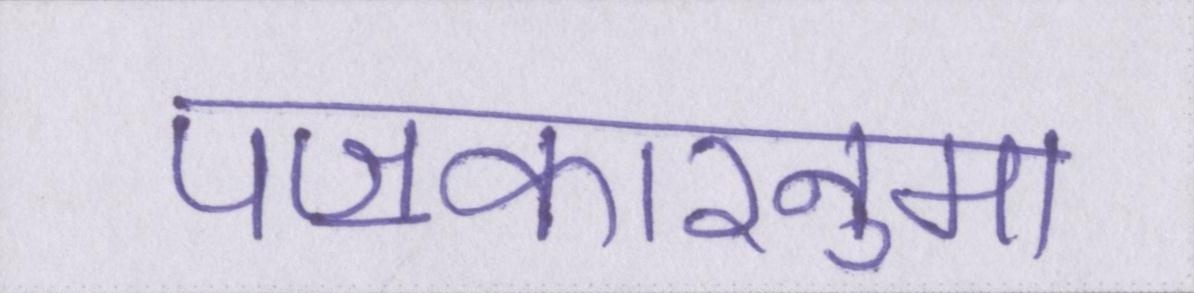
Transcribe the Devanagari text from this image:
पॼकारनुमा